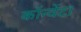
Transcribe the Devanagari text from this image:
कॉन्वेंट।